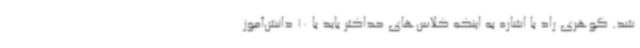
شد. گوهری راد با اشاره به اینکه کلاس‌های حداکثر باید با 10 دانش‌آموز